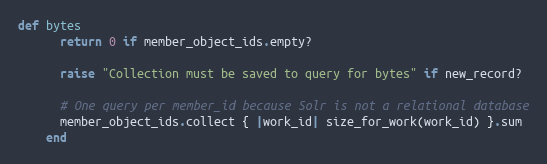
Language: Ruby
def bytes
      return 0 if member_object_ids.empty?

      raise "Collection must be saved to query for bytes" if new_record?

      # One query per member_id because Solr is not a relational database
      member_object_ids.collect { |work_id| size_for_work(work_id) }.sum
    end